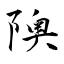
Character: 隩